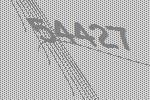
54427